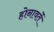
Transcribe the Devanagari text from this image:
होनावर्ते